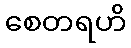
စေတရဟိ